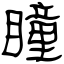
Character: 瞳